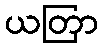
ယတြာ